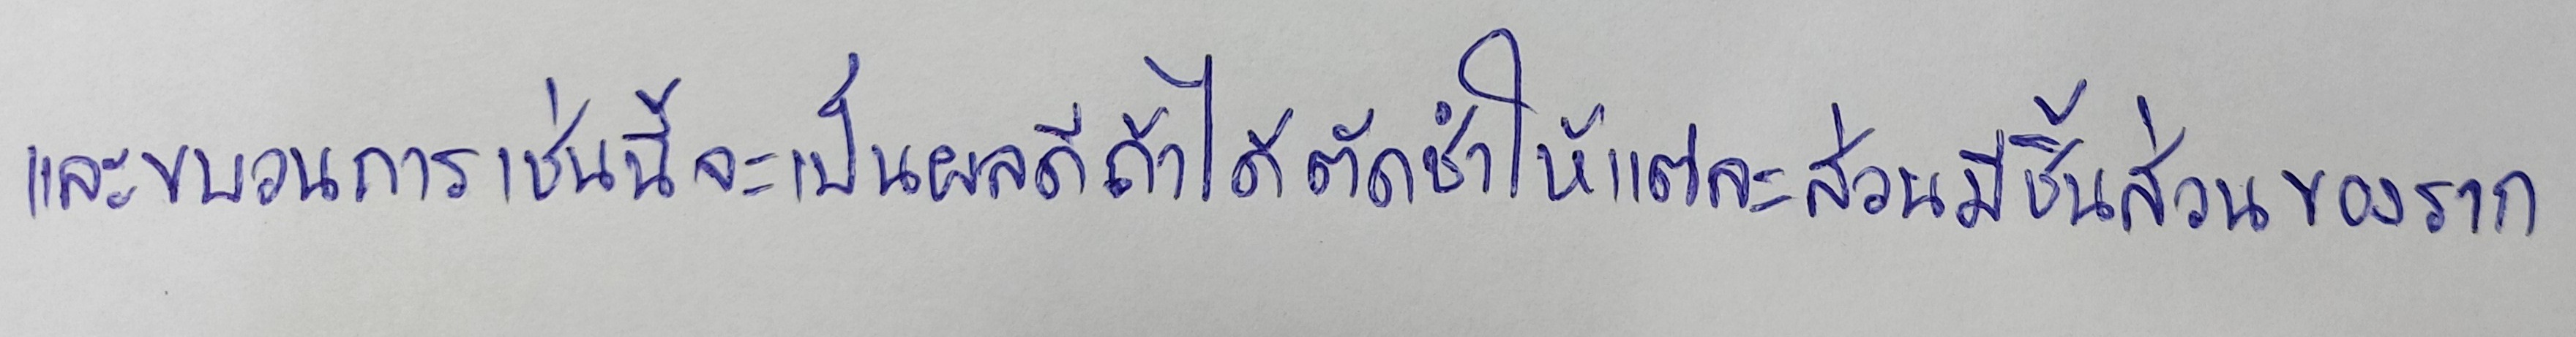
และขบวนการเช่นนี้จะเป็นผลดีถ้าได้ตัดชำให้แต่ละส่วนมีชิ้นส่วนของราก